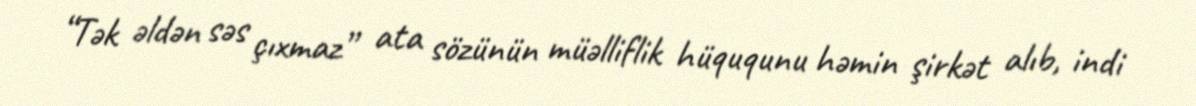
“Tək əldən səs çıxmaz” ata sözünün müəlliflik hüququnu həmin şirkət alıb, indi